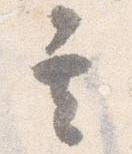
其